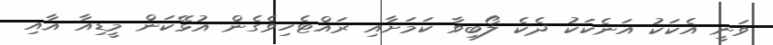
ވަނީ އެކަކު އަނެކަކު ދެކެ ލޯބިވާ ކަމަށާއި ރައްޓެހިވެގެން އުޅޭކަން މީޑިއާ އާއި